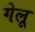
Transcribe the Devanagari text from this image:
गेलू